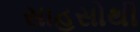
સાહસોથી